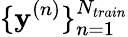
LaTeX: \{ \mathbf{y}^{(n)}\} _{n=1}^{N_{train}}